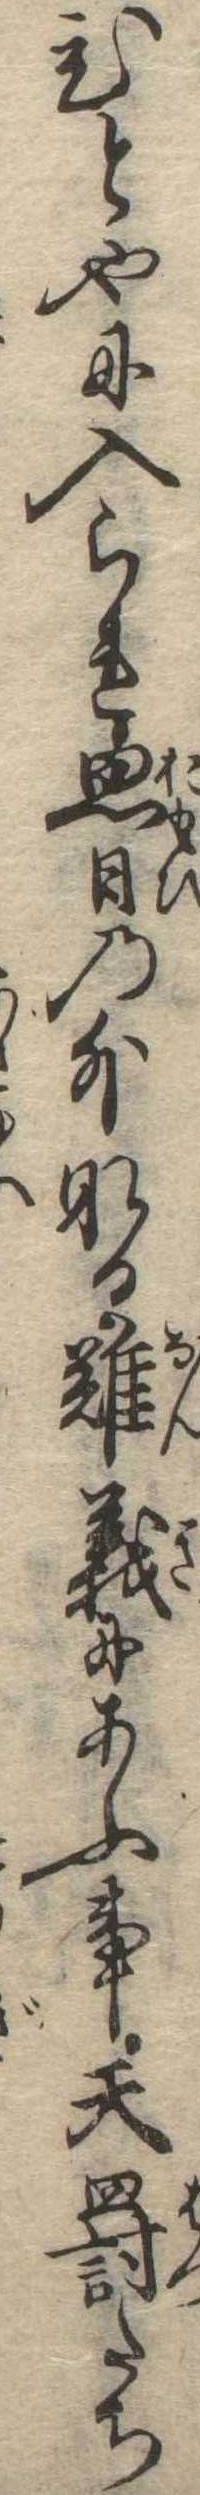
ひとやに入られ思日の外なる難義にあふ事天罰たち